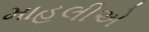
માહલીએ